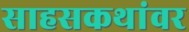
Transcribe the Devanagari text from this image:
साहसकथांवर